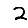
Digit: 2